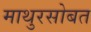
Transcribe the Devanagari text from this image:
माथुरसोबत